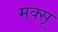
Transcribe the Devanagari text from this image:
मक्सू